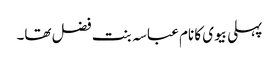
پہلی بیوی کا نام عباسہ بنت فضل تھا۔